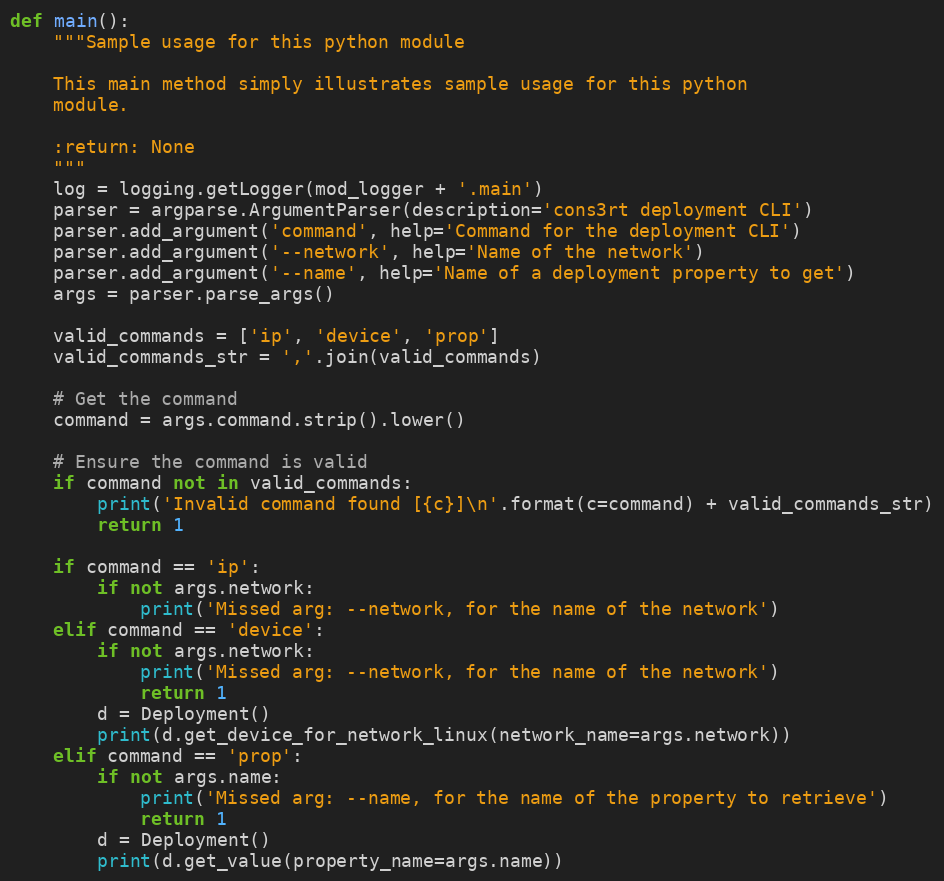
Language: Python
def main():
    """Sample usage for this python module

    This main method simply illustrates sample usage for this python
    module.

    :return: None
    """
    log = logging.getLogger(mod_logger + '.main')
    parser = argparse.ArgumentParser(description='cons3rt deployment CLI')
    parser.add_argument('command', help='Command for the deployment CLI')
    parser.add_argument('--network', help='Name of the network')
    parser.add_argument('--name', help='Name of a deployment property to get')
    args = parser.parse_args()

    valid_commands = ['ip', 'device', 'prop']
    valid_commands_str = ','.join(valid_commands)

    # Get the command
    command = args.command.strip().lower()

    # Ensure the command is valid
    if command not in valid_commands:
        print('Invalid command found [{c}]\n'.format(c=command) + valid_commands_str)
        return 1

    if command == 'ip':
        if not args.network:
            print('Missed arg: --network, for the name of the network')
    elif command == 'device':
        if not args.network:
            print('Missed arg: --network, for the name of the network')
            return 1
        d = Deployment()
        print(d.get_device_for_network_linux(network_name=args.network))
    elif command == 'prop':
        if not args.name:
            print('Missed arg: --name, for the name of the property to retrieve')
            return 1
        d = Deployment()
        print(d.get_value(property_name=args.name))